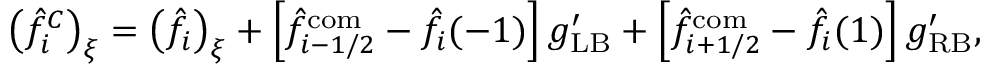
\left( \hat { f } _ { i } ^ { C } \right) _ { \xi } = \left( \hat { f } _ { i } \right) _ { \xi } + \left[ \hat { f } _ { i - 1 / 2 } ^ { \mathrm { c o m } } - \hat { f } _ { i } ( - 1 ) \right] g _ { \mathrm { L B } } ^ { \prime } + \left[ \hat { f } _ { i + 1 / 2 } ^ { \mathrm { c o m } } - \hat { f } _ { i } ( 1 ) \right] g _ { \mathrm { R B } } ^ { \prime } ,